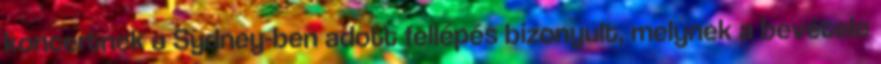
koncertnek a Sydney-ben adott fellépés bizonyult, melynek a bevétele